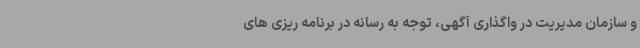
و سازمان مدیریت در واگذاری آگهی، توجه به رسانه در برنامه ریزی های